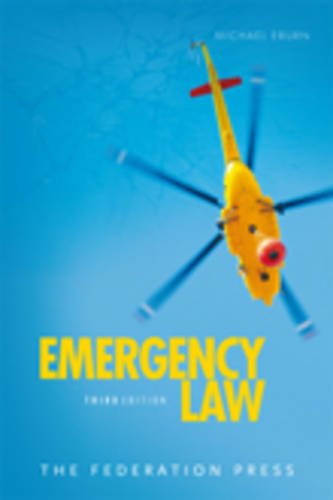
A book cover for Emergency Law: Rights, Liabilities and Duties of Emergency Workers and Volunteers; Michael Eburn; Law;